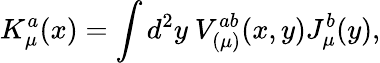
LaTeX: K_{\mu}^{a}(x)=\int d^{2}y~V_{(\mu)}^{ab}(x,y)J_{\mu}^{b}(y),